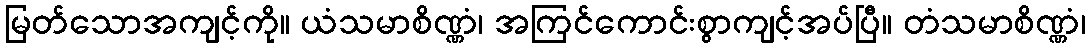
မြတ်သောအကျင့်ကို။ ယံသမာစိဏ္ဏံ၊ အကြင်ကောင်းစွာကျင့်အပ်ပြီ။ တံသမာစိဏ္ဏံ၊